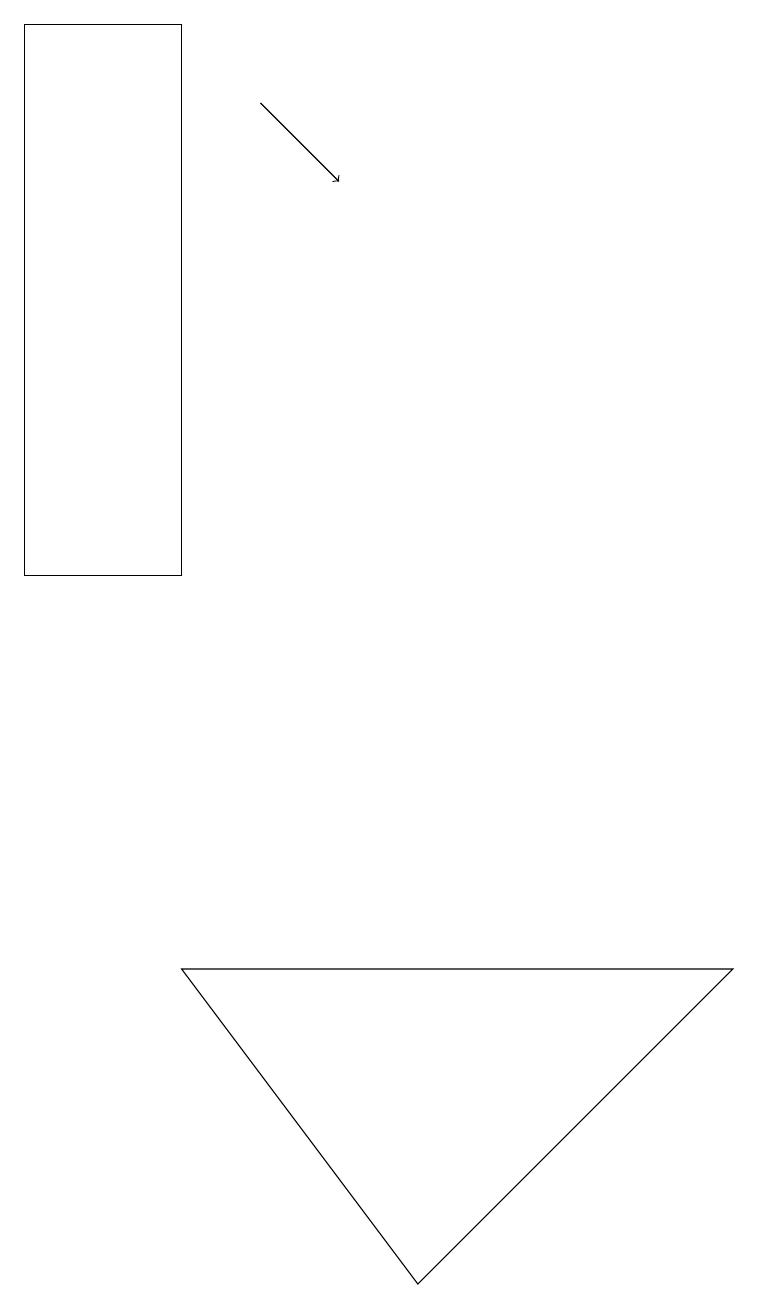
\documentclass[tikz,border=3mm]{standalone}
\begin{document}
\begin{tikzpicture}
\draw (9,6) -- (2,6) -- (5,2) -- cycle;
\draw[->] (3,17) -- (4,16);
\draw (2,18) rectangle (0,11);
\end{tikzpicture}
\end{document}